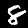
Label: 8